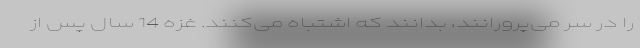
را در سر می‌پرورانند، بدانند که اشتباه می‌کنند. غزه 14 سال پس از